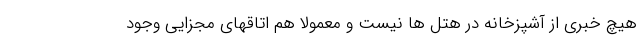
هیچ خبری از آشپزخانه در هتل ها نیست و معمولا هم اتاقهای مجزایی وجود